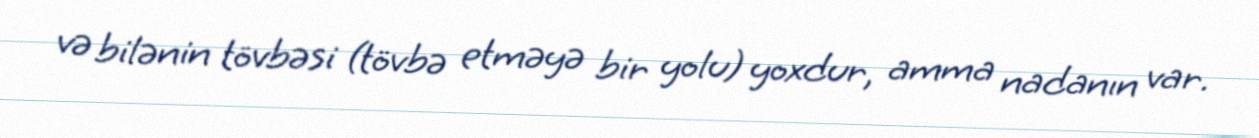
və bilənin tövbəsi (tövbə etməyə bir yolu) yoxdur, amma nadanın var.